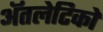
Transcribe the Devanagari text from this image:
ॲतलेटिको